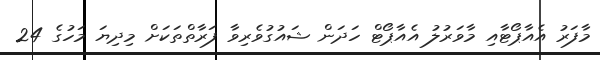
މާފަރު އެއާޕޯޓާއި މާވަރުލު އެއާޕޯޓް ހަދަން ޝައުގުވެރިވާ ފަރާތްތަކަށް މިދިޔަ މަހުގެ 24